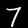
Digit: 7